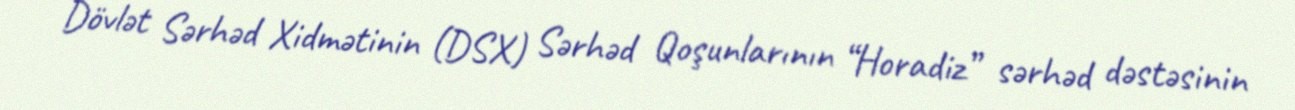
Dövlət Sərhəd Xidmətinin (DSX) Sərhəd Qoşunlarının “Horadiz” sərhəd dəstəsinin